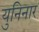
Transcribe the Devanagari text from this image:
युनिनार